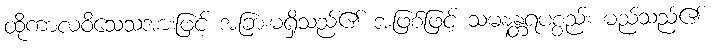
ထိုကာလဝိသေသအားဖြင့် အခြားမရှိသည်၏ အဖြစ်ဖြင့် သမနန္တရပစ္စည်း မည်သည်၏